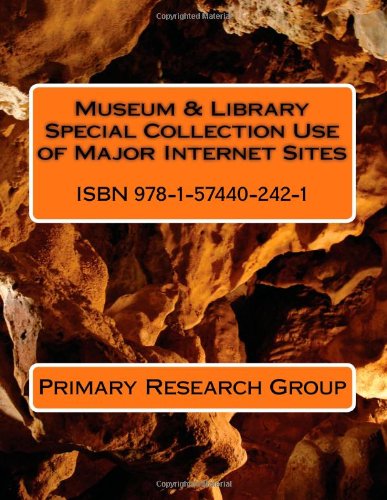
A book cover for Museum & Library Special Collection Use of Major Internet Sites; Primary Research Group; Politics & Social Sciences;